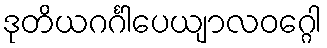
ဒုတိယဂင်္ဂါပေယျာလဝဂ္ဂေါ